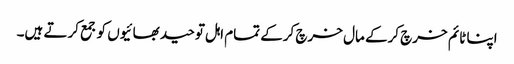
اپنا ٹائم خرچ کرکے مال خرچ کرکے تمام اہل توحید بھائیوں کو جمع کرتے ہیں۔